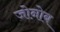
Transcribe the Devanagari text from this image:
जोनोब